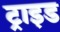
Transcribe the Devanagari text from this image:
ट्राइड